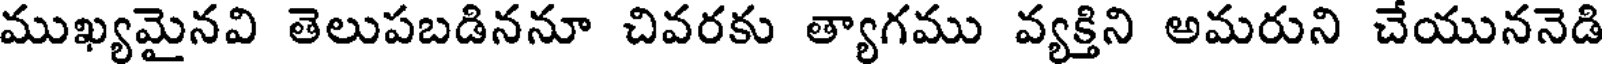
ముఖ్యమైనవి తెలుపబడిననూ చివరకు త్యాగము వ్యక్తిని అమరుని చేయుననెడి